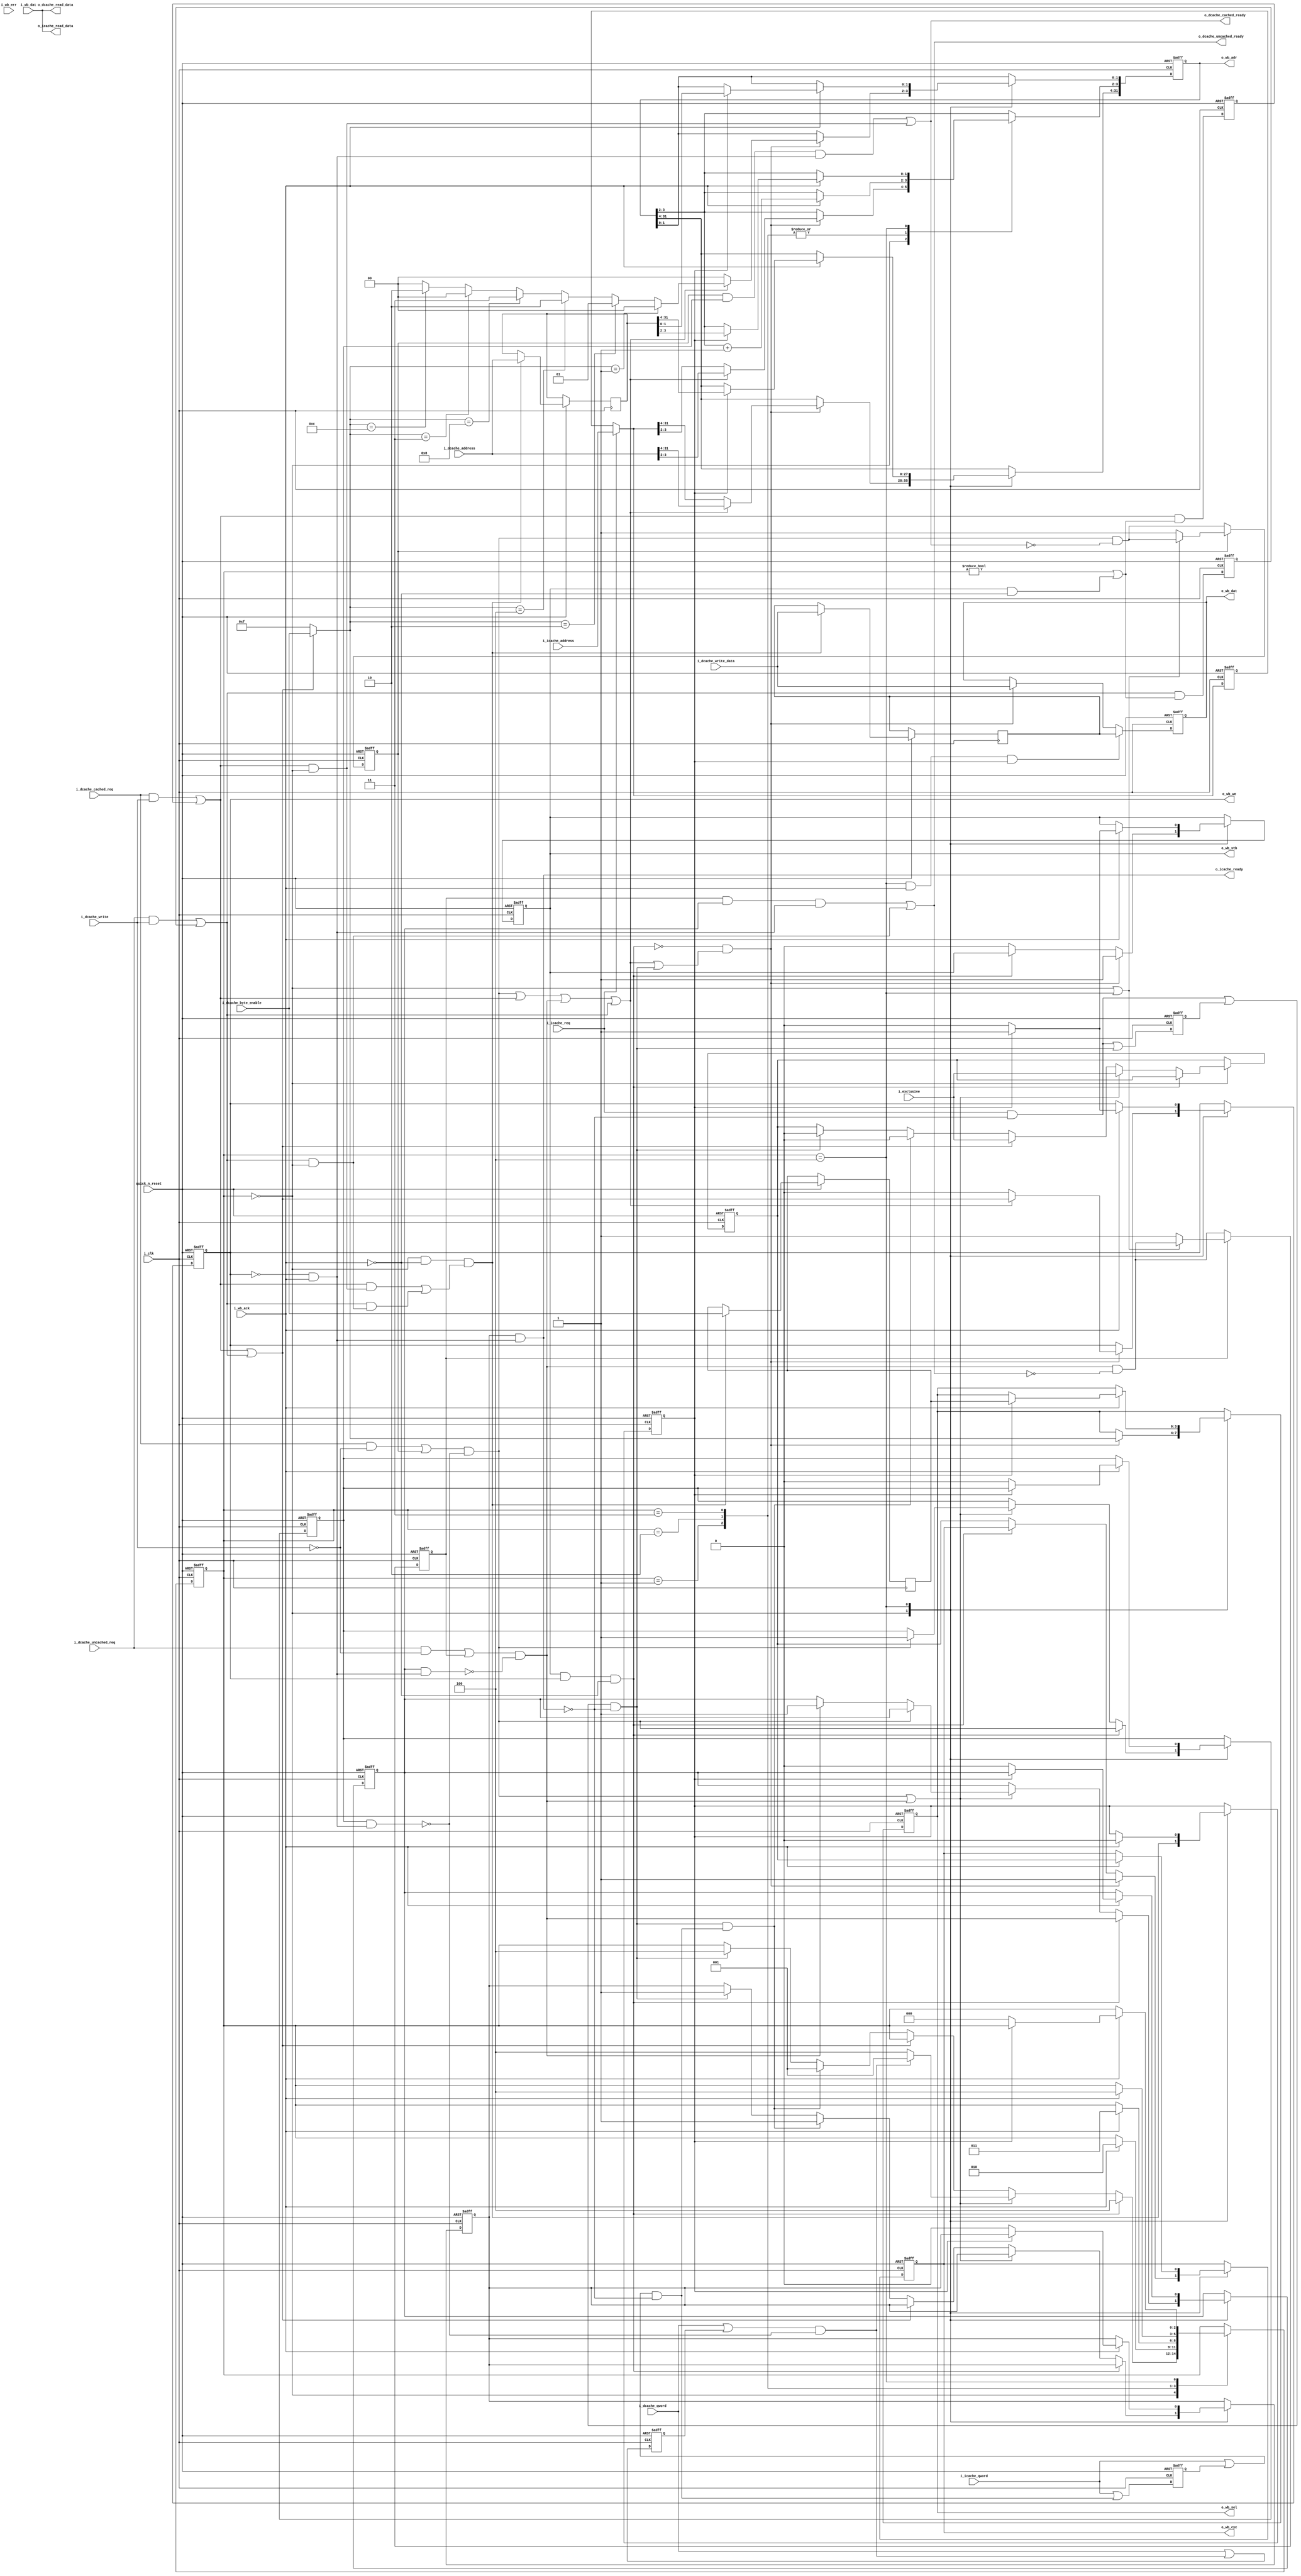
//////////////////////////////////////////////////////////////////
//                                                              //
//  Wishbone master interface for the Amber 25 core             //
//                                                              //
//  This file is part of the Amber project                      //
//  http://www.opencores.org/project,amber                      //
//                                                              //
//  Description                                                 //
//  Turns memory access requests from the execute stage and     //
//  instruction and data caches into wishbone bus cycles.       //
//  For 4-word read requests from either cache and swap         //
//  accesses ( read followed by write to the same address)      //
//  from the execute stage, a block transfer is done.           //
//  All other requests result in single word transfers.         //
//                                                              //
//  Write accesses can be done in a single clock cycle on       //
//  the wishbone bus, is the destination allows it. The         //
//  next transfer will begin immediately on the                 //
//  next cycle on the bus. This looks like a block transfer     //
//  and does hold ownership of the wishbone bus, preventing     //
//  the other master ( the ethernet MAC) from gaining           //
//  ownership between those two cycles. But otherwise it would  //
//  be necessary to insert a wait cycle after every write,      //
//  slowing down the performance of the core by around 5 to     //
//  10%.                                                        //
//                                                              //
//  Author(s):                                                  //
//      - Conor Santifort, csantifort.amber@gmail.com           //
//                                                              //
//////////////////////////////////////////////////////////////////
//                                                              //
// Copyright (C) 2011 Authors and OPENCORES.ORG                 //
//                                                              //
// This source file may be used and distributed without         //
// restriction provided that this copyright statement is not    //
// removed from the file and that any derivative work contains  //
// the original copyright notice and the associated disclaimer. //
//                                                              //
// This source file is free software; you can redistribute it   //
// and/or modify it under the terms of the GNU Lesser General   //
// Public License as published by the Free Software Foundation; //
// either version 2.1 of the License, or (at your option) any   //
// later version.                                               //
//                                                              //
// This source is distributed in the hope that it will be       //
// useful, but WITHOUT ANY WARRANTY; without even the implied   //
// warranty of MERCHANTABILITY or FITNESS FOR A PARTICULAR      //
// PURPOSE.  See the GNU Lesser General Public License for more //
// details.                                                     //
//                                                              //
// You should have received a copy of the GNU Lesser General    //
// Public License along with this source; if not, download it   //
// from http://www.opencores.org/lgpl.shtml                     //
//                                                              //
//////////////////////////////////////////////////////////////////


module a25_wishbone
(
input                       quick_n_reset,
input                       i_clk,

    // Instruction Cache Accesses
input                       i_icache_req,
input                       i_icache_qword,
input       [31:0]          i_icache_address,
output      [31:0]          o_icache_read_data,
output                      o_icache_ready,

    // Data Cache Accesses
input                       i_exclusive,      // high for read part of swap access
input                       i_dcache_cached_req,
input                       i_dcache_uncached_req,
input                       i_dcache_qword,
input                       i_dcache_write,
input       [31:0]          i_dcache_write_data,
input       [3:0]           i_dcache_byte_enable,    // valid for writes only
input       [31:0]          i_dcache_address,
output      [31:0]          o_dcache_read_data,
output                      o_dcache_cached_ready,
output                      o_dcache_uncached_ready,

// Wishbone Bus
output reg  [31:0]          o_wb_adr,
output reg  [3:0]           o_wb_sel,
output reg                  o_wb_we ,
input       [31:0]          i_wb_dat,
output reg  [31:0]          o_wb_dat,
output reg                  o_wb_cyc,
output reg                  o_wb_stb,
input                       i_wb_ack,
input                       i_wb_err

);


localparam [3:0] WB_IDLE            = 3'd0,
                 WB_BURST1          = 3'd1,
                 WB_BURST2          = 3'd2,
                 WB_BURST3          = 3'd3,
                 WB_WAIT_ACK        = 3'd4;

reg     [2:0]               wishbone_st;

wire                        icache_read_req_c;
wire                        icache_read_qword_c;
wire    [31:0]              icache_read_addr_c;
wire                        dcache_read_qword_c;

wire                        dcache_req_c;
wire                        write_req_c;
wire                        dcache_cached_rreq_c;
wire                        dcache_cached_wreq_c;
wire                        dcache_uncached_rreq_c;
wire                        dcache_uncached_wreq_c;

wire                        dcache_cached_rreq_in;
wire                        dcache_cached_wreq_in;
wire                        dcache_uncached_rreq_in;
wire                        dcache_uncached_wreq_in;

reg                         dcache_cached_rreq_r;
reg                         dcache_cached_wreq_r;
reg                         dcache_uncached_rreq_r;
reg                         dcache_uncached_wreq_r;

wire                        dcache_cached_wready;
wire                        dcache_uncached_wready;
wire                        dcache_cached_rready;
wire                        dcache_uncached_rready;

wire                        start_access;
wire    [3:0]               byte_enable;
reg                         exclusive_access;
wire                        read_ack;
wire                        wait_write_ack;
reg                         icache_read_req_r;
reg                         icache_read_qword_r;
reg     [31:0]              icache_read_addr_r;
reg                         dcache_read_qword_r;
wire                        icache_read_req_in;
wire                        icache_read_ready;
reg                         servicing_dcache_cached_read_r;
reg                         servicing_dcache_uncached_read_r;
reg                         servicing_icache_r;
wire                        extra_write;
reg                         extra_write_r;
reg     [31:0]              extra_write_data_r;
reg     [31:0]              extra_write_address_r;
reg     [3:0]               extra_write_be_r;

assign read_ack                 = !o_wb_we && i_wb_ack;

assign dcache_cached_rready     = dcache_cached_rreq_r   && servicing_dcache_cached_read_r   && read_ack;
assign dcache_uncached_rready   = dcache_uncached_rreq_r && servicing_dcache_uncached_read_r && read_ack;


assign o_dcache_cached_ready    = dcache_cached_rready   || dcache_cached_wready;
assign o_dcache_uncached_ready  = dcache_uncached_rready || dcache_uncached_wready;
assign o_dcache_read_data       = i_wb_dat;
                                 
assign icache_read_ready        = servicing_icache_r && read_ack;
assign o_icache_ready           = icache_read_ready; 
assign o_icache_read_data       = i_wb_dat;


assign dcache_cached_rreq_in    = i_dcache_cached_req   && !i_dcache_write;
assign dcache_cached_wreq_in    = i_dcache_cached_req   &&  i_dcache_write;
assign dcache_uncached_rreq_in  = i_dcache_uncached_req && !i_dcache_write;
assign dcache_uncached_wreq_in  = i_dcache_uncached_req &&  i_dcache_write;
assign icache_read_req_in       = i_icache_req && !o_icache_ready;

assign dcache_cached_rreq_c     = ( dcache_cached_rreq_in   || dcache_cached_rreq_r   ) && !(servicing_dcache_cached_read_r   && read_ack);
assign dcache_uncached_rreq_c   = ( dcache_uncached_rreq_in || dcache_uncached_rreq_r ) && !(servicing_dcache_uncached_read_r && read_ack);

assign dcache_read_qword_c      = ( i_dcache_qword       || dcache_read_qword_r ) && !(servicing_dcache_cached_read_r && read_ack);

assign icache_read_req_c        = ( icache_read_req_in   || icache_read_req_r   ) && !(servicing_icache_r && read_ack);
assign icache_read_qword_c      = ( i_icache_qword       || icache_read_qword_r ) && !(servicing_icache_r && read_ack);
assign icache_read_addr_c       = i_icache_req ?  i_icache_address : icache_read_addr_r;

assign dcache_req_c             = dcache_cached_rreq_c || dcache_cached_wreq_c || dcache_uncached_rreq_c || dcache_uncached_wreq_c;
assign write_req_c              = dcache_cached_wreq_c || dcache_uncached_wreq_c;

assign start_access             = !wait_write_ack && (dcache_req_c || icache_read_req_c);

// For writes the byte enable is always 4'hf
assign byte_enable              = write_req_c ? i_dcache_byte_enable : 4'hf;
                                    

assign dcache_cached_wready     = (dcache_cached_wreq_c && wishbone_st == WB_IDLE);
assign dcache_uncached_wready   = (dcache_uncached_wreq_c && wishbone_st == WB_IDLE);
assign dcache_cached_wreq_c     = dcache_cached_wreq_in   || dcache_cached_wreq_r;
assign dcache_uncached_wreq_c   = dcache_uncached_wreq_in || dcache_uncached_wreq_r;


// ======================================
// Register Accesses
// ======================================

assign extra_write =  wishbone_st == WB_IDLE && !i_wb_ack && ((dcache_cached_wreq_c && dcache_cached_wready)||
                                                              (dcache_uncached_wreq_c && dcache_uncached_wready));

always @( posedge i_clk or negedge quick_n_reset)
    if ( !quick_n_reset)
	o_wb_dat <= 'd0;
    else if ( wishbone_st == WB_WAIT_ACK && i_wb_ack && extra_write_r )
        o_wb_dat <= extra_write_data_r;
    else if ( start_access )
        o_wb_dat <= i_dcache_write_data;


always @( posedge i_clk or negedge quick_n_reset )
    if ( !quick_n_reset)
    begin
	dcache_cached_rreq_r   <= 'd0;
	dcache_cached_wreq_r   <= 'd0;
	dcache_uncached_rreq_r <= 'd0;
	dcache_uncached_wreq_r <= 'd0;
	icache_read_req_r  <= 'd0;
	icache_read_qword_r  <= 'd0;
	icache_read_addr_r  <= 'd0;
	dcache_read_qword_r  <= 'd0;
    end
    else
    begin
    icache_read_req_r   <= icache_read_req_in  || icache_read_req_c;
    icache_read_qword_r <= i_icache_qword      || icache_read_qword_c;
    if ( i_icache_req ) icache_read_addr_r  <= i_icache_address;
        
    dcache_read_qword_r    <= i_dcache_qword      || dcache_read_qword_c;
    dcache_cached_wreq_r   <= dcache_cached_wreq_c   && (wishbone_st != WB_IDLE || (o_wb_stb && !i_wb_ack));
    dcache_uncached_wreq_r <= dcache_uncached_wreq_c && (wishbone_st != WB_IDLE || (o_wb_stb && !i_wb_ack));
    
    
    // A buffer to hold a second write while on eis in progress
    if ( extra_write )
        begin
        extra_write_data_r      <= i_dcache_write_data;
        extra_write_address_r   <= i_dcache_address;
        extra_write_be_r        <= i_dcache_byte_enable;
        end


    // The flag can be set during any state but only cleared during WB_IDLE or WB_WAIT_ACK
    if ( dcache_cached_rreq_r )
        begin
        if ( wishbone_st == WB_IDLE || wishbone_st == WB_WAIT_ACK )
            dcache_cached_rreq_r <= dcache_cached_rreq_c && !o_dcache_cached_ready;
        end    
    else    
        dcache_cached_rreq_r <= dcache_cached_rreq_c && !o_dcache_cached_ready;
    if ( dcache_uncached_rreq_r )
        begin
        if ( wishbone_st == WB_IDLE || wishbone_st == WB_WAIT_ACK )
            dcache_uncached_rreq_r <= dcache_uncached_rreq_c && !o_dcache_uncached_ready;
        end    
    else    
        dcache_uncached_rreq_r <= dcache_uncached_rreq_c && !o_dcache_uncached_ready;
    end
    
assign wait_write_ack = o_wb_stb && o_wb_we && !i_wb_ack;


always @( posedge i_clk or negedge quick_n_reset)
//always @( posedge i_clk)
    if ( !quick_n_reset)
	begin
		o_wb_adr <= 'd0;
		o_wb_sel <= 'd0;
		o_wb_we  <= 'd0;
		o_wb_cyc <= 'd0;
		o_wb_stb <= 'd0;
		servicing_dcache_cached_read_r <= 'd0;
		servicing_dcache_uncached_read_r <= 'd0;
		servicing_icache_r <= 'd0;
		extra_write_r <= 'd0;
		exclusive_access <= 'd0;
		wishbone_st <= WB_IDLE;
	end
    else
    case ( wishbone_st )
        WB_IDLE :
            begin 
            extra_write_r <= extra_write;
            
            if ( start_access )
                begin
                o_wb_stb            <= 1'd1; 
                o_wb_cyc            <= 1'd1; 
                o_wb_sel            <= byte_enable;
                end
            else if ( !wait_write_ack )
                begin
                o_wb_stb            <= 1'd0;
                
                // Hold cyc high after an exclusive access
                // to hold ownership of the wishbone bus
                o_wb_cyc            <= exclusive_access;
                end

            if ( wait_write_ack )
                begin
                // still waiting for last (write) access to complete
                wishbone_st                      <= WB_WAIT_ACK;
                servicing_dcache_cached_read_r   <= dcache_cached_rreq_c;
                servicing_dcache_uncached_read_r <= dcache_uncached_rreq_c;
                end 
            // dcache accesses have priority over icache     
            else if ( dcache_cached_rreq_c || dcache_uncached_rreq_c )
                begin
                if ( dcache_cached_rreq_c )
                    servicing_dcache_cached_read_r <= 1'd1;
                else if ( dcache_uncached_rreq_c )
                    servicing_dcache_uncached_read_r <= 1'd1;
                
                if ( dcache_read_qword_c )
                    wishbone_st         <= WB_BURST1;
                else
                    wishbone_st         <= WB_WAIT_ACK;
                exclusive_access    <= i_exclusive;
                end                    
           // The core does not currently issue exclusive write requests
           // but there's no reason why this might not be added some
           // time in the future so allow for it here
            else if ( write_req_c )
                begin
                exclusive_access            <= i_exclusive;
                end
            // do a burst of 4 read to fill a cache line                   
            else if ( icache_read_req_c && icache_read_qword_c )
                begin
                wishbone_st                 <= WB_BURST1;
                exclusive_access            <= 1'd0;
                servicing_icache_r          <= 1'd1;
                end                    
            // single word read request from fetch stage                   
            else if ( icache_read_req_c )
                begin
                wishbone_st                 <= WB_WAIT_ACK;
                exclusive_access            <= 1'd0;
                servicing_icache_r          <= 1'd1;
                end                    

                            
            if ( start_access )
                begin
                if ( dcache_req_c )
                    begin
                    o_wb_we              <= write_req_c;
                    // only update these on new wb access to make debug easier
                    o_wb_adr[31:2]       <= i_dcache_address[31:2];
                    o_wb_adr[1:0]        <= byte_enable == 4'b0001 ? 2'd0 :
                                            byte_enable == 4'b0010 ? 2'd1 :
                                            byte_enable == 4'b0100 ? 2'd2 :
                                            byte_enable == 4'b1000 ? 2'd3 :
                                           
                                            byte_enable == 4'b0011 ? 2'd0 :
                                            byte_enable == 4'b1100 ? 2'd2 :
                                           
                                                                     2'd0 ;
                    end                                                 
                else 
                    begin
                    o_wb_we              <= 1'd0;
                    o_wb_adr[31:0]       <= {icache_read_addr_c[31:2], 2'd0};
                    end                                                
                end
            end
                    

        // Read burst, wait for first ack
        WB_BURST1:  
            if ( i_wb_ack )
                begin
                // burst of 4 that wraps
                o_wb_adr[3:2]   <= o_wb_adr[3:2] + 1'd1;
                wishbone_st     <= WB_BURST2;
                end
            
            
        // Read burst, wait for second ack
        WB_BURST2:  
            if ( i_wb_ack )
                begin
                // burst of 4 that wraps
                o_wb_adr[3:2]   <= o_wb_adr[3:2] + 1'd1;
                wishbone_st     <= WB_BURST3;
                end
            
            
        // Read burst, wait for third ack
        WB_BURST3:  
            if ( i_wb_ack )
                begin
                // burst of 4 that wraps
                o_wb_adr[3:2]   <= o_wb_adr[3:2] + 1'd1;
                wishbone_st     <= WB_WAIT_ACK;
                end


        // Wait for the wishbone ack to be asserted
        WB_WAIT_ACK:   
            if ( i_wb_ack )
                // Another write that was acked and needs to be sent before returning to IDLE ?
                if ( extra_write_r )
                    begin
                    extra_write_r                       <= 'd0;
                    o_wb_stb                            <= 1'd1; 
                    o_wb_cyc                            <= exclusive_access; 
                    o_wb_sel                            <= extra_write_be_r;
                    o_wb_we                             <= 1'd1;
                    o_wb_adr[31:0]                      <= extra_write_address_r;
                    end
                else    
                    begin
                    wishbone_st                         <= WB_IDLE;
                    o_wb_stb                            <= 1'd0; 
                    o_wb_cyc                            <= exclusive_access; 
                    o_wb_we                             <= 1'd0;
                    servicing_dcache_cached_read_r      <= 1'd0;
                    servicing_dcache_uncached_read_r    <= 1'd0;
                    servicing_icache_r                  <= 1'd0;
                    end
                         
            
    endcase

// ========================================================
// Debug Wishbone bus - not synthesizable
// ========================================================
//synopsys translate_off
wire    [(14*8)-1:0]   xWB_STATE;


assign xWB_STATE  = wishbone_st == WB_IDLE       ? "WB_IDLE"       :
                    wishbone_st == WB_BURST1     ? "WB_BURST1"     :
                    wishbone_st == WB_BURST2     ? "WB_BURST2"     :
                    wishbone_st == WB_BURST3     ? "WB_BURST3"     :
                    wishbone_st == WB_WAIT_ACK   ? "WB_WAIT_ACK"   :
                                                   "UNKNOWN"       ;

//synopsys translate_on
    
endmodule